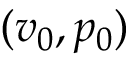
( v _ { 0 } , p _ { 0 } )